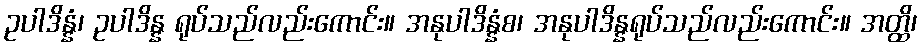
ဥပါဒိန္နံ၊ ဥပါဒိန္န ရုပ်သည်လည်းကောင်း။ အနုပါဒိန္နံစ၊ အနုပါဒိန္နရုပ်သည်လည်းကောင်း။ အတ္ထိ၊